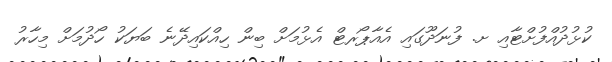
ކުޅުދުއްފުށްޓާއި ށ. ފުނަދޫގައި އެއާޕޯރޓް އެޅުމަށް ބިން ހިއްކައިދޭނެ ބަޔަކު ހޯދުމަށް މިހާރު